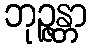
ဘုဉ္ဇန္တာ